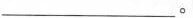
___。